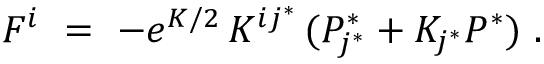
F ^ { i } \ = \ - e ^ { K / 2 } \, K ^ { i j ^ { * } } \, ( P _ { j ^ { * } } ^ { * } + K _ { j ^ { * } } P ^ { * } ) ~ .